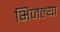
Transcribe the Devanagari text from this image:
भिजल्या